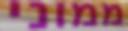
ממוני